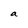
Character: a